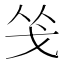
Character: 𭟲